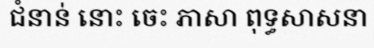
ជំនាន់ នោះ ចេះ ភាសា ពុទ្ធសាសនា